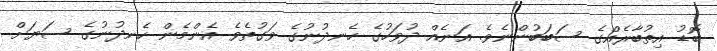
ބޮޑު އިތުބާރެއްގެ ސަބަބުންނެވެ. އަނެއް ދުވަހުގެ ހެނދުނުގެ ވަގުތެވެ އެންމެން ހެނދުނުގެ ސަޔަށް